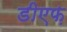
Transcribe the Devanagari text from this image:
डीएफ़